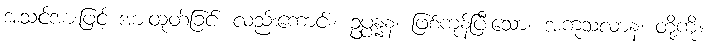
အသင့်အားဖြင့် အားထုတ်ခြင်း လည်းကောင်း။ ဥပ္ပန္နနံ၊ ဖြစ်ကုန်ပြီးသော။ အကုသလာနံ၊ တို့ကို။